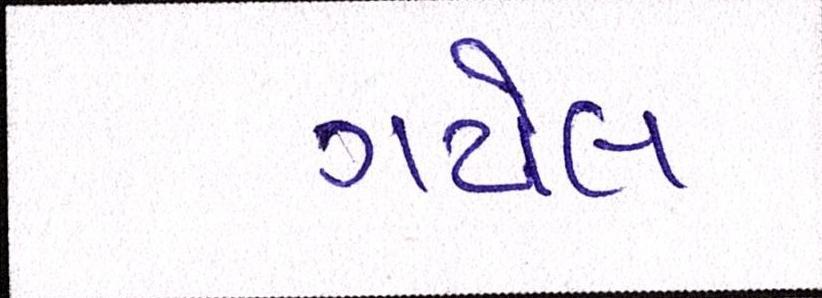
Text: ગયેલ